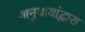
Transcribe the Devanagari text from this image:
अनुयायांद्वारा